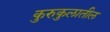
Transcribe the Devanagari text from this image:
कुरुकुलातील